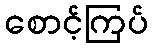
စောင့်ကြပ်